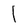
Character: 1